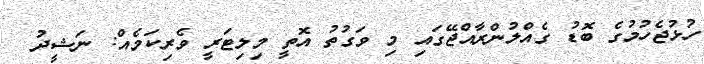
ހުޅުޖެހުމުގެ ބޮޑު ގެއްލުންރާއްޖޭގައި މި ވަގުތު އޮތީ މިލިޓަރީ ވެރިކަމެއް: ނަޝީދު